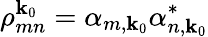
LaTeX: \rho_{mn}^{\textbf{k}_{0}}=\alpha_{m,\textbf{k}_{0}}\alpha_{n,\textbf{k}_{0}}^{*}